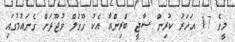
މީގެ 17 އަހަރު ކުރިން ސާޖީ ބްރިންއާ އެކު ގޫގުލް ވުޖޫދަށް ގެނައުމުގައި